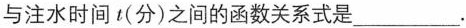
与注水时间t(分)之间的函数关系式是___.